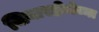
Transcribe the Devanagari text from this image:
सियारहीजेव्ना